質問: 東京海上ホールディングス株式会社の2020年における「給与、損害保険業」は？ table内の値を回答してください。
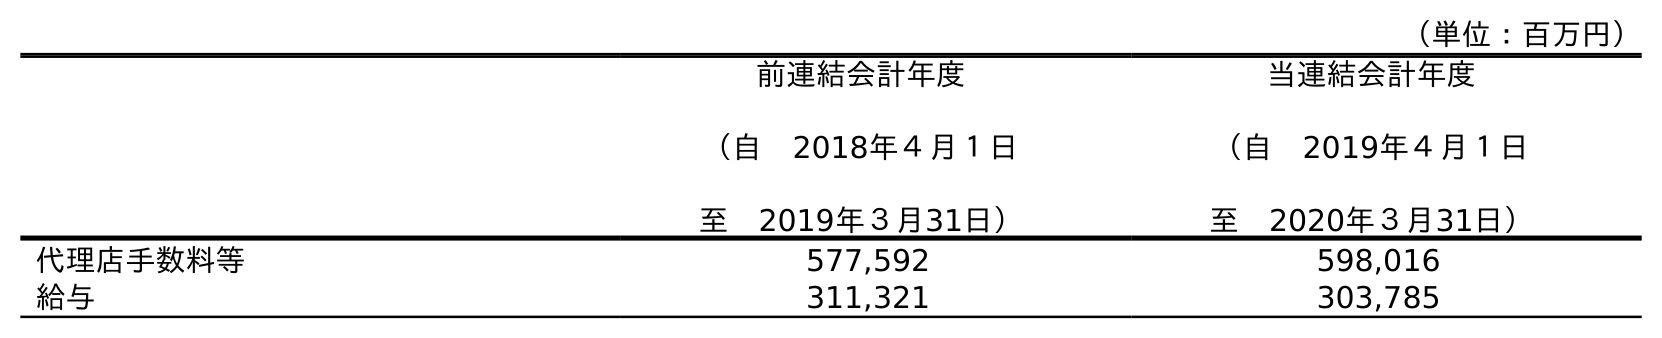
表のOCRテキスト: （単位：百万円） 前連結会計年度 （自 2018年４月１日 至 2019年３月31日） 当連結会計年度 （自 2019年４月１日 至 2020年３月31日） 代理店手数料等 577,592 598,016 給与 311,321 303,785
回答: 303,785